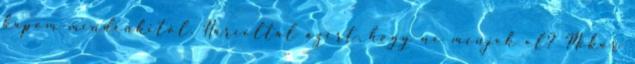
kapom mindenkitől. Harcoltál azért, hogy ne menjek el? Mikor